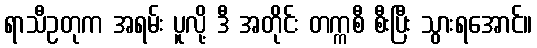
ရာသီဥတုက အရမ်း ပူလို့ ဒီ အတိုင်း တက္ကစီ စီးပြီး သွားရအောင်။